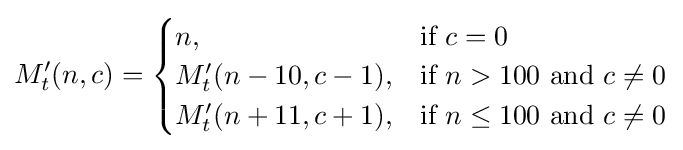
M_{t}'(n,c)={\begin{cases}n,&{\mbox{if }}c=0\\M_{t}'(n-10,c-1),&{\mbox{if }}n>100{\mbox{ and }}c\neq 0\\M_{t}'(n+11,c+1),&{\mbox{if }}n\leq 100{\mbox{ and }}c\neq 0\end{cases}}